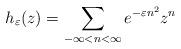
LaTeX: \begin{align*}h_{\varepsilon}(z)=\sum\limits_{-\infty<n<\infty}e^{-\varepsilon{}n^2}z^n\end{align*}